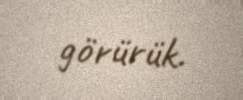
görürük.